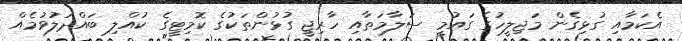
އެކަމާއި ގުޅިގެން މަޖިލީހުގެ ގައުމީ ސަލާމަތާއި ހާރިޖީ ގުޅުންތަކުގެ ކޮމިޓީގެ ކުއްލި ބައްދަލުވުމެއް